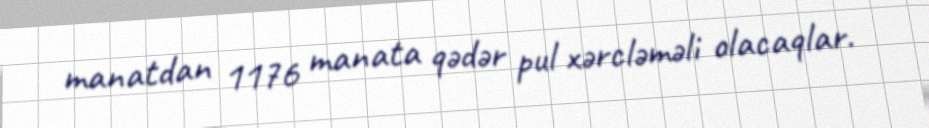
manatdan 1176 manata qədər pul xərcləməli olacaqlar.